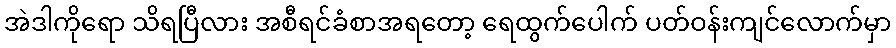
အဲဒါကိုရော သိရပြီလား အစီရင်ခံစာအရတော့ ရေထွက်ပေါက် ပတ်ဝန်းကျင်လောက်မှာ